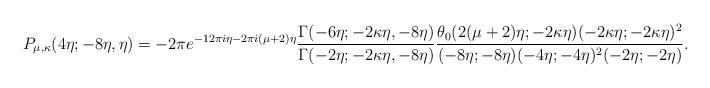
LaTeX: \begin{align*}P_{\mu, \kappa}(4\eta; -8\eta, \eta) = -2 \pi e^{-12\pi i \eta - 2\pi i (\mu + 2)\eta} \frac{\Gamma(-6\eta; -2\kappa\eta, -8\eta)}{\Gamma(-2\eta; -2\kappa\eta, -8\eta)} \frac{\theta_0(2(\mu + 2)\eta; -2\kappa\eta) (-2\kappa \eta; -2\kappa\eta)^2}{(-8\eta; -8\eta) (-4\eta; -4\eta)^2 (-2\eta; -2\eta)}.\end{align*}